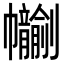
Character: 𢆂